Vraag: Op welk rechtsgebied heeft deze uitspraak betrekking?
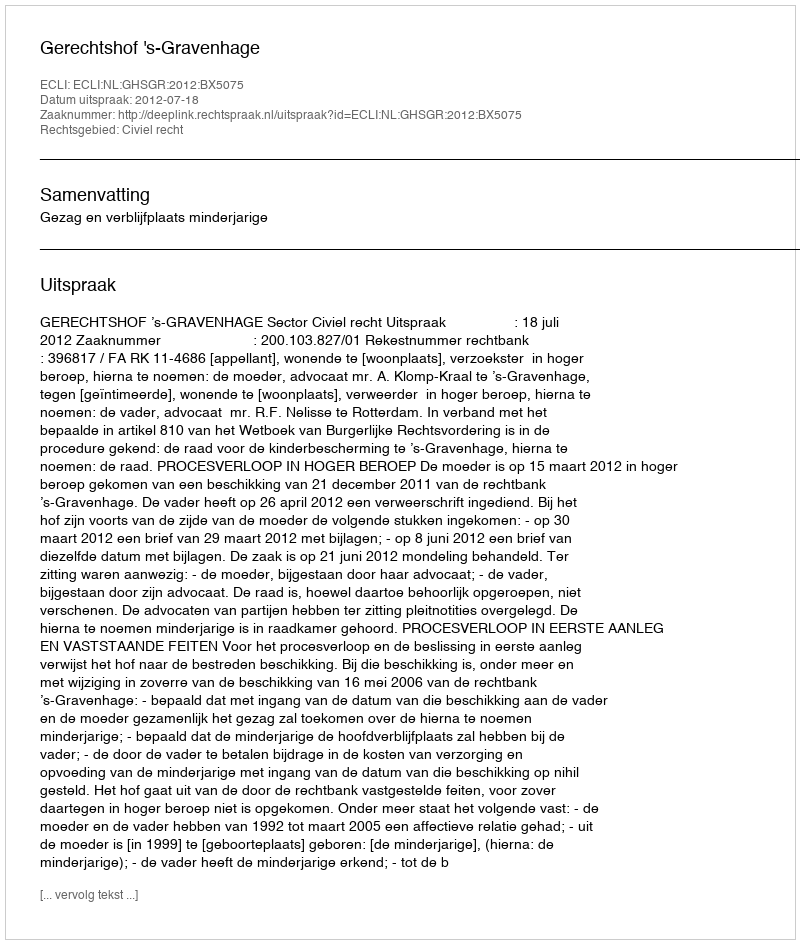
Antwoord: Civiel recht